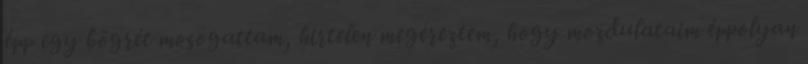
épp egy bögrét mosogattam, hirtelen megéreztem, hogy mozdulataim éppolyan